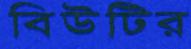
বিউটির